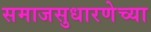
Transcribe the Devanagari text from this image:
समाजसुधारणेच्या